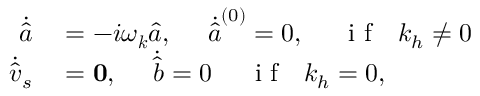
\begin{array} { r l } { \dot { \hat { a } } } & { { } = - i \omega _ { \boldsymbol { k } } \hat { a } , ~ ~ ~ ~ \dot { \hat { a } } ^ { ( 0 ) } = 0 , ~ ~ ~ ~ \mathrm { ~ i ~ f ~ } ~ ~ k _ { h } \neq 0 } \\ { \dot { \hat { \boldsymbol { v } } } _ { s } } & { { } = \mathbf { 0 } , ~ ~ ~ ~ \dot { \hat { b } } = 0 ~ ~ ~ ~ \mathrm { ~ i ~ f ~ } ~ ~ k _ { h } = 0 , } \end{array}